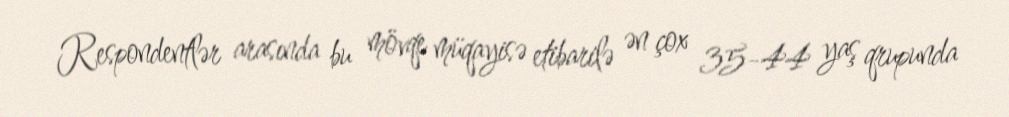
Respondentlər arasında bu mövqe müqayisə etibarilə ən çox 35-44 yaş qrupunda